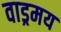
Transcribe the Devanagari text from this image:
वाड्रमय